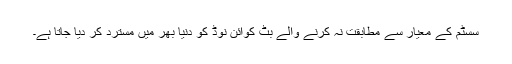
سسٹم کے معیار سے مطابقت نہ کرنے والے بِٹ کوائن نوڈ کو دنیا بھر میں مسترد کر دیا جاتا ہے۔